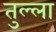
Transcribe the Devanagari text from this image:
तुल्ला